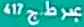
عبر ط17